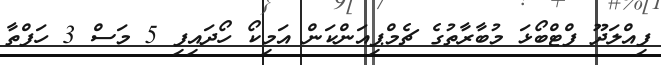
ފިއްލަދޫ ފްޓްބޯޅަ މުބާރާތުގެ ޗެމްޕިއަންކަން އަމިކޯ ހޯދައިފި 5 މަސް 3 ހަފްތާ